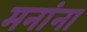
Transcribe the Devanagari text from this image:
मनांना